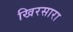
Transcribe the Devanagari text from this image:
खिरसारा